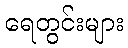
ရေတွင်းများ